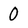
Character: 0